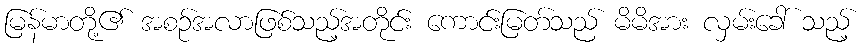
မြန်မာတို့၏ အစဉ်အလာဖြစ်သည့်အတိုင်း ကောင်းမြတ်သည် မိမိအား လှမ်းခေါ် သည့်